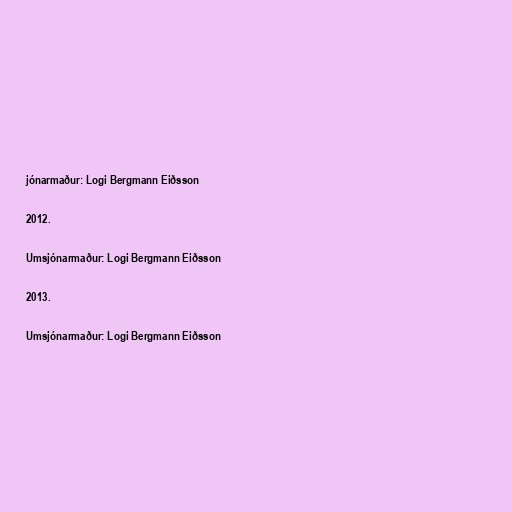
jónarmaður: Logi Bergmann Eiðsson

2012.

Umsjónarmaður: Logi Bergmann Eiðsson

2013.

Umsjónarmaður: Logi Bergmann Eiðsson